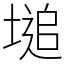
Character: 塠